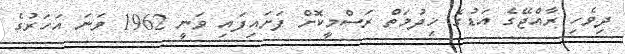
ދިވެހި ރާއްޖޭގެ އަޑުގެ ޚިދުމަތް ރަސްމީކޮށް ފަށައިފައި ވަނީ 1962 ވަނަ އަހަރުގެ